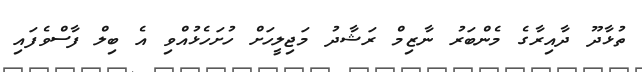
ތުޅާދޫ ދާއިރާގެ މެންބަރު ނާޒިމް ރަޝާދު މަޖިލީހަށް ހުށަހެޅުއްވި އެ ބިލް ފާސްވެފައި